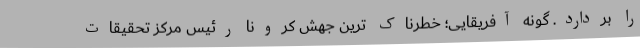
را بردارد. گونه آفریقایی؛ خطرناک‌ ترین جهش کرونا رئیس مرکز تحقیقات